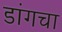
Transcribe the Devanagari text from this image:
डांगचा